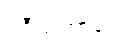
ဝစီသံဟာရော